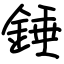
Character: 錘